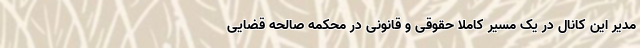
مدیر این کانال در یک مسیر کاملا حقوقی و قانونی در محکمه صالحه قضایی